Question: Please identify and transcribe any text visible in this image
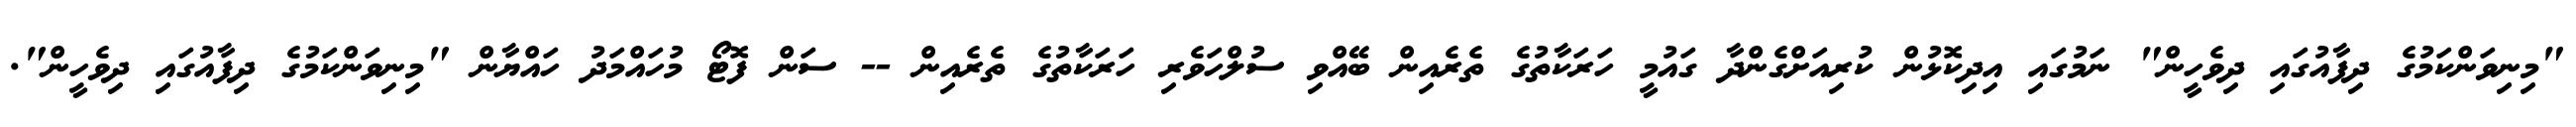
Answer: "މިނިވަންކަމުގެ ދިފާއުގައި ދިވެހީން" ނަމުގައި އިދިކޮޅުން ކުރިއަށްގެންދާ ގައުމީ ހަރަކާތުގެ ތެރެއިން ބޭއްވި ސުލްހަވެރި ހަރަކާތުގެ ތެރެއިން -- ސަން ފޮޓޯ މުހައްމަދު ހައްޔާން "މިނިވަންކަމުގެ ދިފާއުގައި ދިވެހީން".